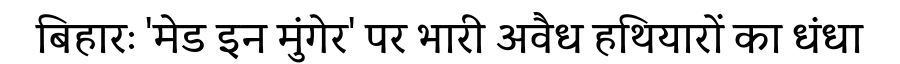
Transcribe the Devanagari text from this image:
बिहारः 'मेड इन मुंगेर' पर भारी अवैध हथियारों का धंधा